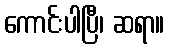
ကောင်းပါပြီ၊ ဆရာ။